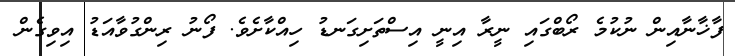
ފާޚާނާއިން ނުކުމެ ރޯބްގައި ނީރާ އިނީ އިސްތަށިގަނޑު ހިއްކާށެވެ. ފޯނު ރިންގުވާއަޑު އިވިގެން